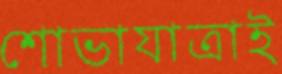
শোভাযাত্রাই